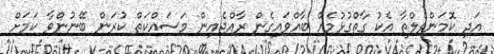
އަދި ކޮމަންވެލްތާ އެކު ގާތްގުޅުމެއް ބާއްވައިގެން ރާއްޖެއިން މަސައްކަތް ކުރަން ބޭނުންވާ ކަމަށް